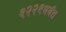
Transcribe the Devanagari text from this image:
१२२१पर्यंत